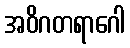
အဝိဂတရာဂေါ